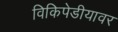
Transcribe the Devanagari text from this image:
विकिपेडीयावर